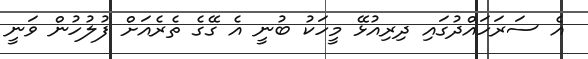
އެ ސަރަހައްދުގައި ދިރިއުޅޭ މީހަކު ބުނީ އެ ގޭގެ ތެރެއަށް ފުލުހުން ވަނީ